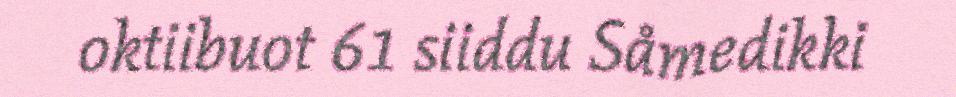
oktiibuot 61 siiddu Såmedikki